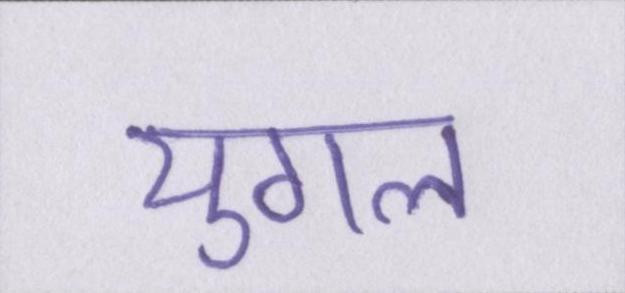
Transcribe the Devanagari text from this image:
युगल